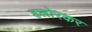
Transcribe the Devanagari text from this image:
हलोरकर